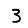
Digit: 3